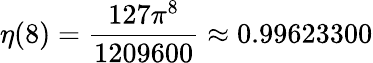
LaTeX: \eta(8)={\frac{127\pi^{8}}{1209600}}\approx 0.99623300